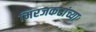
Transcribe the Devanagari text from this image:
मिरजकरांच्या